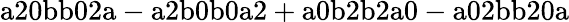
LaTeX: \mathrm{a20bb02a-a2b0b0a2+a0b2b2a0-a02bb20a}